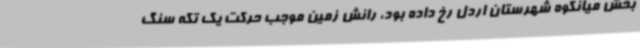
بخش میانکوه شهرستان اردل رخ داده بود، رانش زمین موجب حرکت یک تکه سنگ